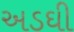
અડઘી